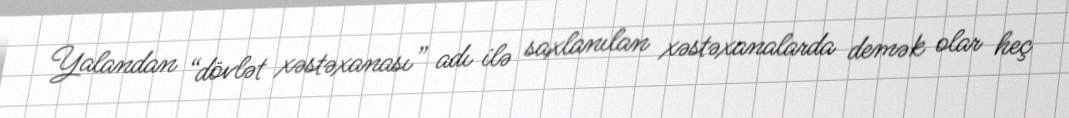
Yalandan “dövlət xəstəxanası” adı ilə saxlanılan xəstəxanalarda demək olar heç